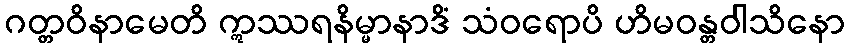
ဂတ္တဝိနာမေတိ ဣဿရနိမ္မာနာဒိံ သံဝရောပိ ဟိမဝန္တဝါသိနော